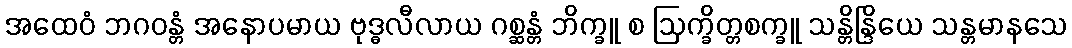
အထေဝံ ဘဂဝန္တံ အနောပမာယ ဗုဒ္ဓလီလာယ ဂစ္ဆန္တံ ဘိက္ခူ စ ဩက္ခိတ္တစက္ခူ သန္တိန္ဒြိယေ သန္တမာနသေ